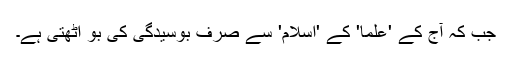
جب کہ آج کے 'علما' کے 'اسلام' سے صرف بوسیدگی کی بو اٹھتی ہے۔